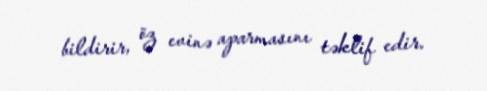
bildirir, öz evinə aparmasını təklif edir.